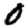
Digit: 0